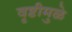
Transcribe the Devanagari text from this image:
वृष्टीमुळे